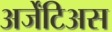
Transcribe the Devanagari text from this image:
अर्जेंटिअस